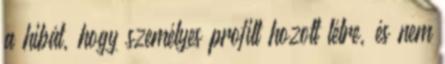
a hibát, hogy személyes proﬁlt hozott létre, és nem